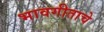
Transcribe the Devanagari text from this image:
भावगीताचे